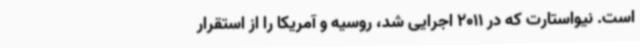
است. نیواستارت که در 2011 اجرایی شد، روسیه و آمریکا را از استقرار